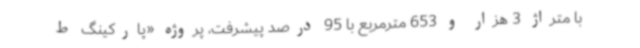
با متراژ 3 هزار و 653 مترمربع با 95 درصد پیشرفت، پروژه «پارکینگ ط